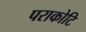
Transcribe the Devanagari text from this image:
पराकोटि